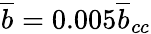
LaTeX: \overline{{b}}=0.005\overline{{b}}_{cc}